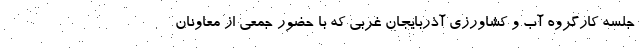
جلسه کارگروه آب و کشاورزی آذربایجان غربی که با حضور جمعی از معاونان